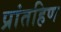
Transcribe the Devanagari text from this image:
प्रांतहिण